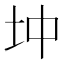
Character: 𡉥